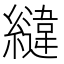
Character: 𮉏